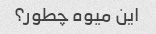
این میوه چطور؟